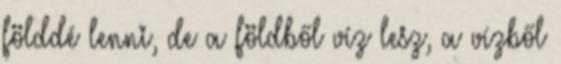
földdé lenni, de a földből víz lesz, a vízből